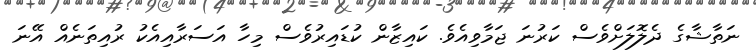
ނަތާޝާގެ ދެލޮލަށްވެސް ކަރުނަ ޖަމާވިއެވެ. ކައިޒާން ކުޑައިރުވެސް މިހާ އަސަރާއިއެކު ރުއިތަނެއް އޭނަ